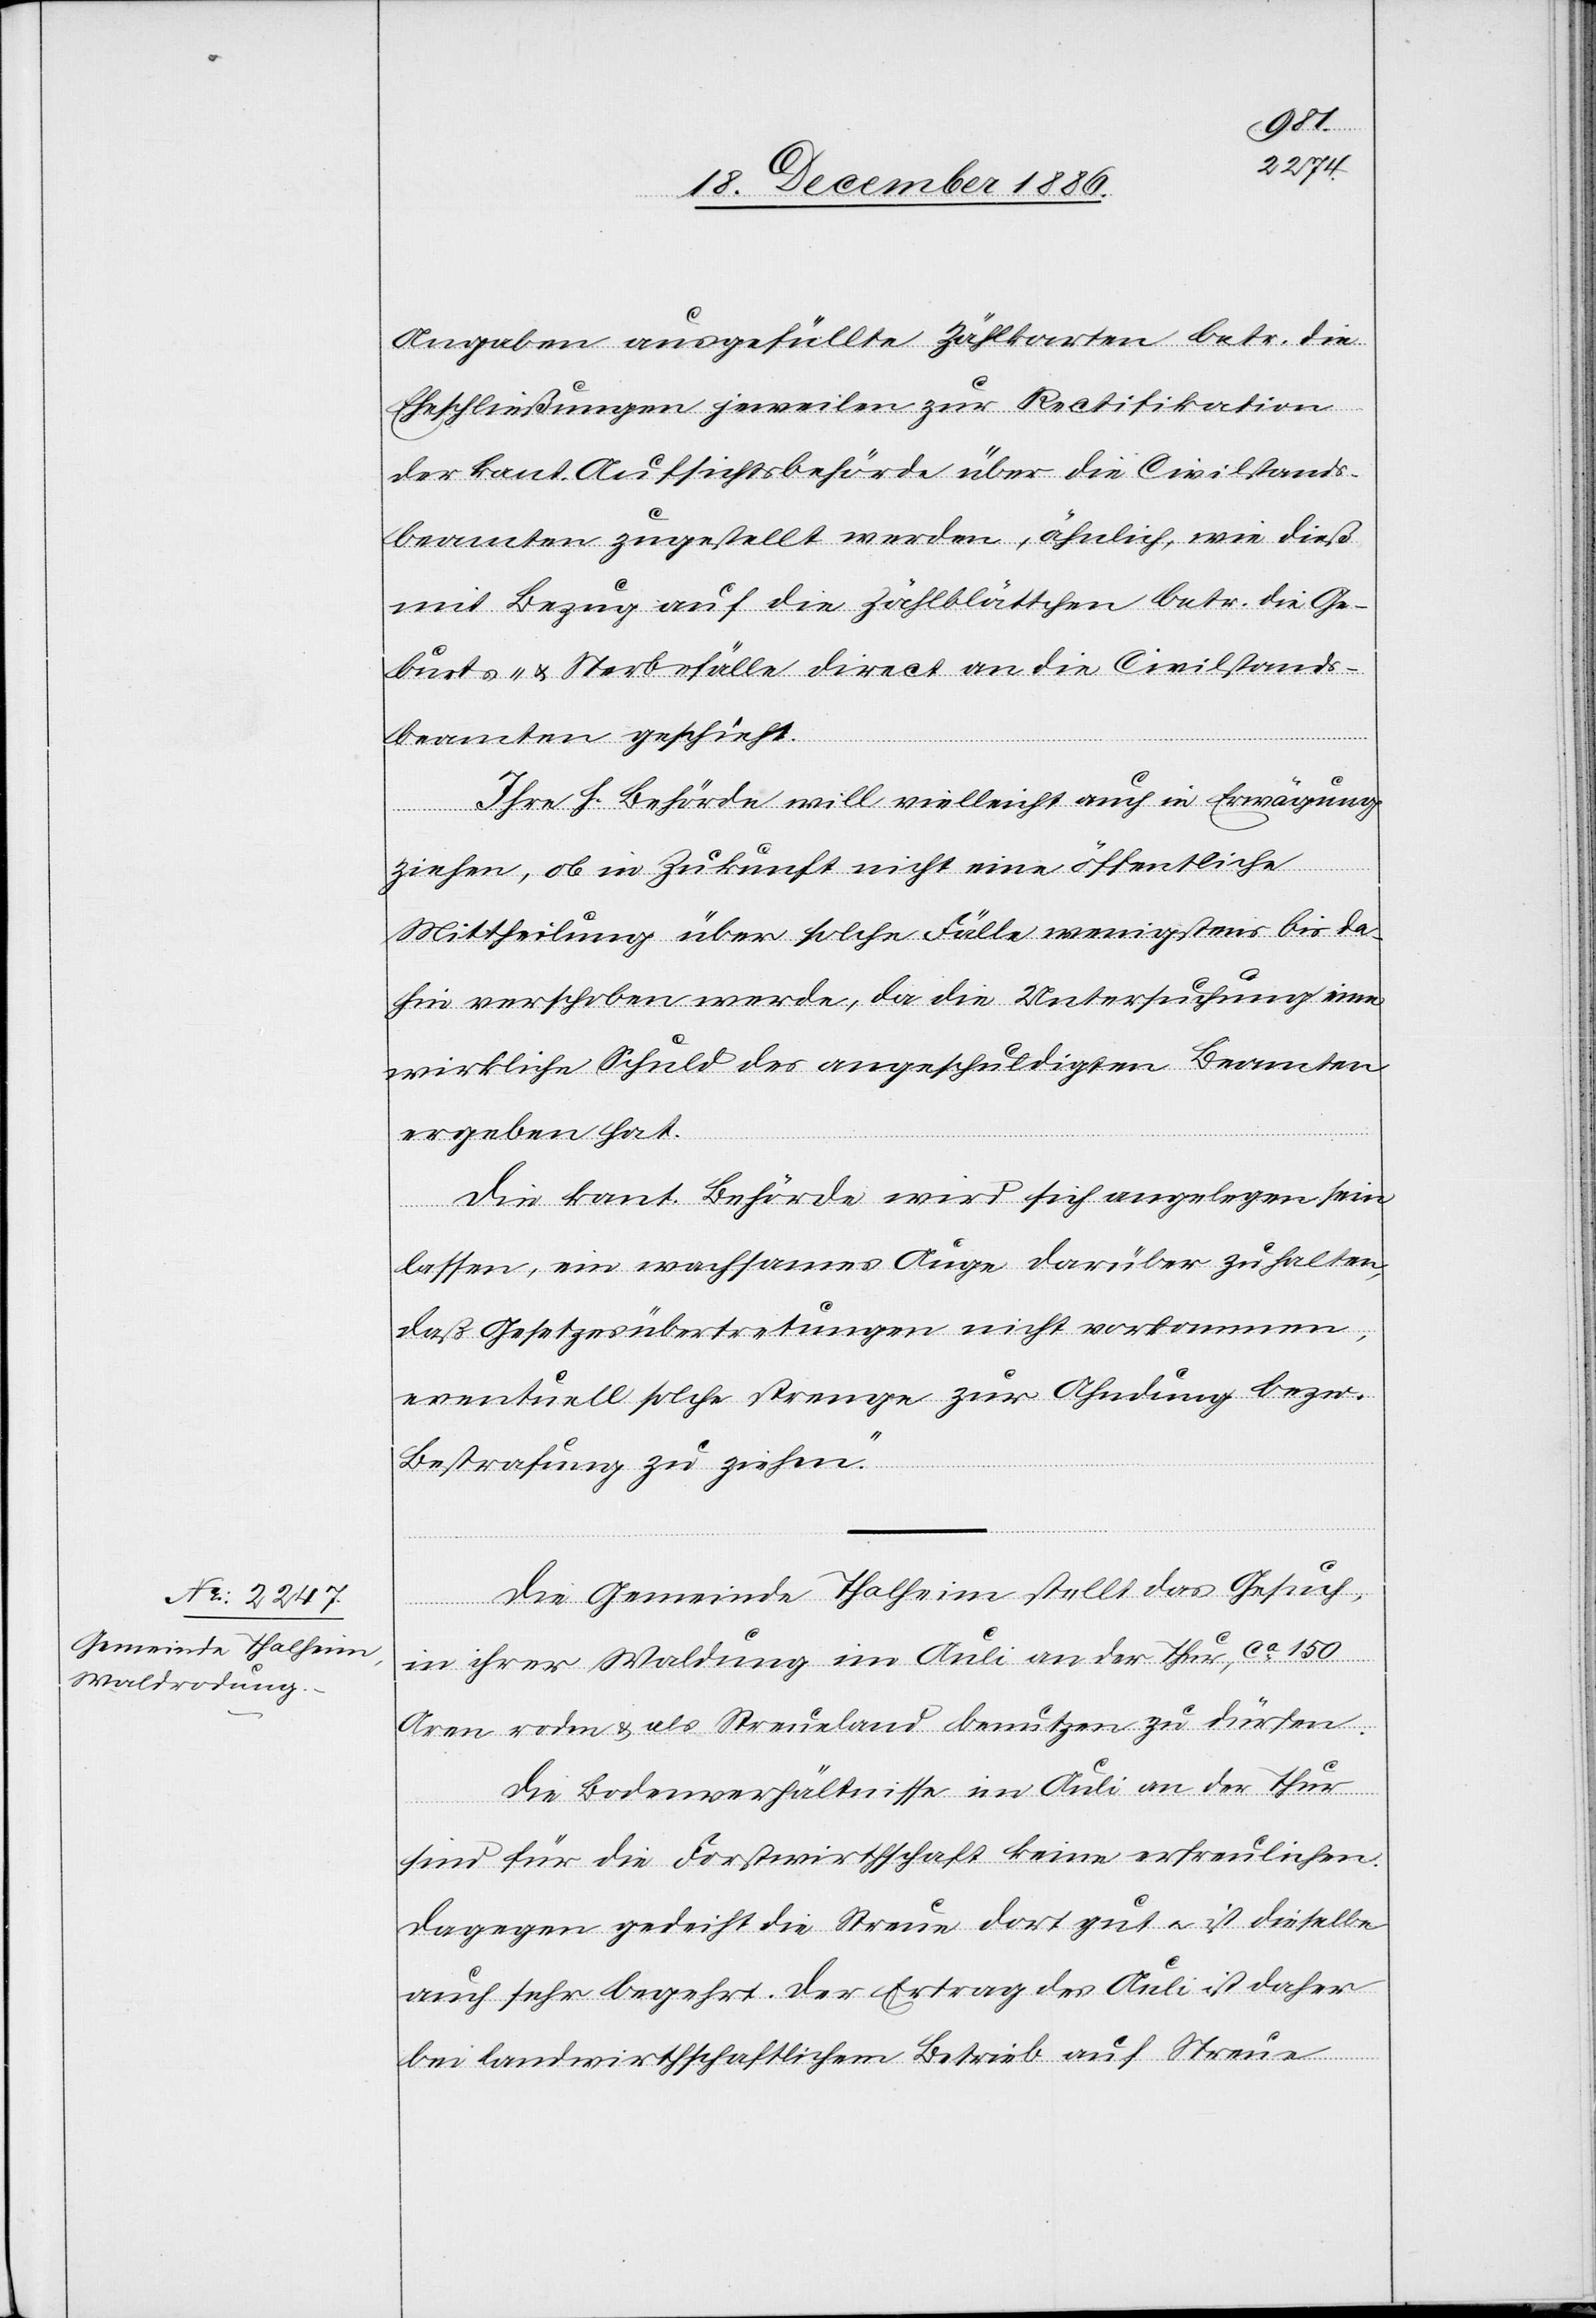
Angaben ausgefüllte Zählkarten betr. die
Eheschließungen jeweilen zur Rectifikation
der kant. Aufsichtsbehörde über die Civilstands¬
beamten zugestellt werden, ähnlich, wie dieß
mit Bezug auf die Zählblättchen betr. die Ge¬
burts- & Sterbefälle direct an die Civilstands¬
beamten geschieht.
Ihre h. Behörde will vielleicht auch in Erwägung
ziehen, ob in Zukunft nicht eine öffentliche
Mittheilung über solche Fälle wenigstens bis da¬
hin verschoben werde, da die Untersuchung eine
wirkliche Schuld des angeschuldigten Beamten
ergeben hat.
Die kant. Behörde wird sich angelegen sein
lassen, ein wachsames Auge darüber zu halten,
daß Gesetzesübertretungen nicht vorkommen,
eventuell solche strenge zur Ahndung bezw.
Bestrafung zu ziehen.“
Die Gemeinde Thalheim stellt das Gesuch,
in ihrer Waldung im Auli an der Thur, ca 150
Aren roden & als Streueland benutzen zu dürfen.
Die Bodenverhältnisse im Auli an der Thur
sind für die Forstwirthschaft keine erfreulichen.
Dagegen gedeiht die Streue dort gut & ist dieselbe
auch sehr begehrt. Der Ertrag des Auli ist daher
bei landwirthschaftlichem Betrieb auf Streue